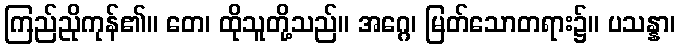
ကြည်ညိုကုန်၏။ တေ၊ ထိုသူတို့သည်။ အဂ္ဂေ၊ မြတ်သောတရား၌။ ပသန္နာ၊